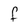
Character: F